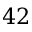
4 2